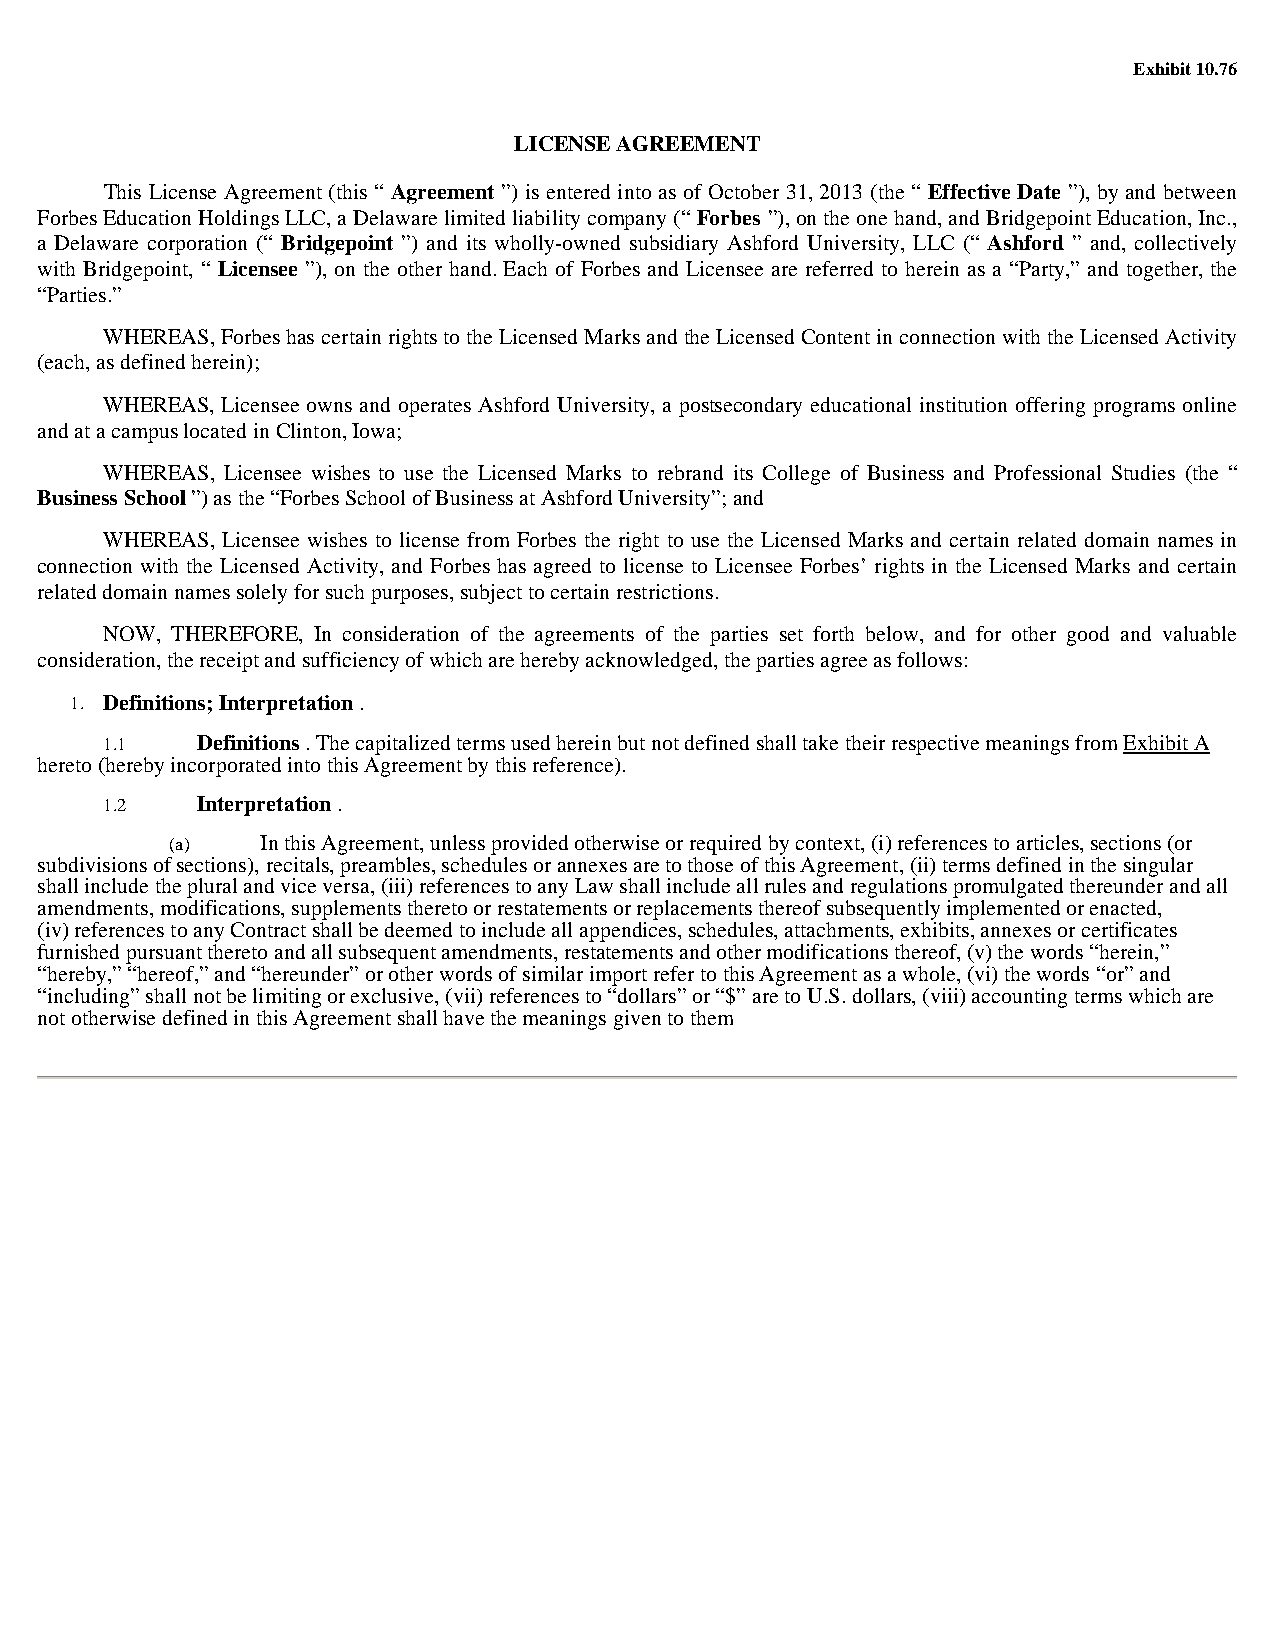
Exhibit 10.76
 LICENSE AGREEMENT
 This License Agreement (this “ Agreement ”) is entered into as of October 31, 2013 (the “ Effective Date ”), by and between
 Forbes Education Holdings LLC, a Delaware limited liability company (“ Forbes ”), on the one hand, and Bridgepoint Education, Inc.,
 a Delaware corporation (“ Bridgepoint ”) and its wholly-owned subsidiary Ashford University, LLC (“ Ashford ” and, collectively
 with Bridgepoint, “ Licensee ”), on the other hand. Each of Forbes and Licensee are referred to herein as a “Party,” and together, the
 “Parties.”
 WHEREAS, Forbes has certain rights to the Licensed Marks and the Licensed Content in connection with the Licensed Activity
 (each, as defined herein);
 WHEREAS, Licensee owns and operates Ashford University, a postsecondary educational institution offering programs online
 and at a campus located in Clinton, Iowa;
 WHEREAS, Licensee wishes to use the Licensed Marks to rebrand its College of Business and Professional Studies (the “
 Business School ”) as the “Forbes School of Business at Ashford University”; and
 WHEREAS, Licensee wishes to license from Forbes the right to use the Licensed Marks and certain related domain names in
 connection with the Licensed Activity, and Forbes has agreed to license to Licensee Forbes’ rights in the Licensed Marks and certain
 related domain names solely for such purposes, subject to certain restrictions.
 NOW, THEREFORE, In consideration of the agreements of the parties set forth below, and for other good and valuable
 consideration, the receipt and sufficiency of which are hereby acknowledged, the parties agree as follows:
 1. Definitions; Interpretation .
 1.1   Definitions . The capitalized terms used herein but not defined shall take their respective meanings from Exhibit A
 hereto (hereby incorporated into this Agreement by this reference).
 1.2   Interpretation .
 (a)   In this Agreement, unless provided otherwise or required by context, (i) references to articles, sections (or
 subdivisions of sections), recitals, preambles, schedules or annexes are to those of this Agreement, (ii) terms defined in the singular
 shall include the plural and vice versa, (iii) references to any Law shall include all rules and regulations promulgated thereunder and all
 amendments, modifications, supplements thereto or restatements or replacements thereof subsequently implemented or enacted,
 (iv) references to any Contract shall be deemed to include all appendices, schedules, attachments, exhibits, annexes or certificates
 furnished pursuant thereto and all subsequent amendments, restatements and other modifications thereof, (v) the words “herein,”
 “hereby,” “hereof,” and “hereunder” or other words of similar import refer to this Agreement as a whole, (vi) the words “or” and
 “including” shall not be limiting or exclusive, (vii) references to “dollars” or “$” are to U.S. dollars, (viii) accounting terms which are
 not otherwise defined in this Agreement shall have the meanings given to them